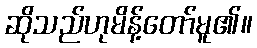
ဆိုသည်ဟုမိန့်တော်မူ၏။